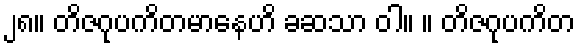
၂၈။ တိဇဂုပကိတမာနေဟိ ခဆသာ ဝါ။ ။ တိဇဂုပကိတ